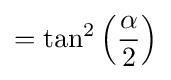
=\tan ^{2}\left({\frac {\alpha }{2}}\right)